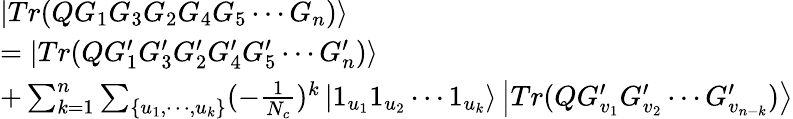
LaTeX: \begin{array}{l}{{\left|Tr(QG_{1}G_{3}G_{2}G_{4}G_{5}\cdots G_{n})\right\rangle}}\\ {{=\left|Tr(QG_{1}^{\prime}G_{3}^{\prime}G_{2}^{\prime}G_{4}^{\prime}G_{5}^{\prime}\cdots G_{n}^{\prime})\right\rangle}}\\ {{+\sum_{k=1}^{n}\sum_{\{ u_{1},\cdots,u_{k}\} }(-\frac 1{N_{c}})^{k}\left|1_{u_{1}}1_{u_{2}}\cdots 1_{u_{k}}\right\rangle\left|Tr(QG_{v_{1}}^{\prime}G_{v_{2}}^{\prime}\cdots G_{v_{n-k}}^{\prime})\right\rangle}}\end{array}